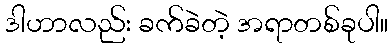
ဒါဟာလည်း ခက်ခဲတဲ့ အရာတစ်ခုပါ။